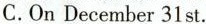
C.OnDecember 31st.